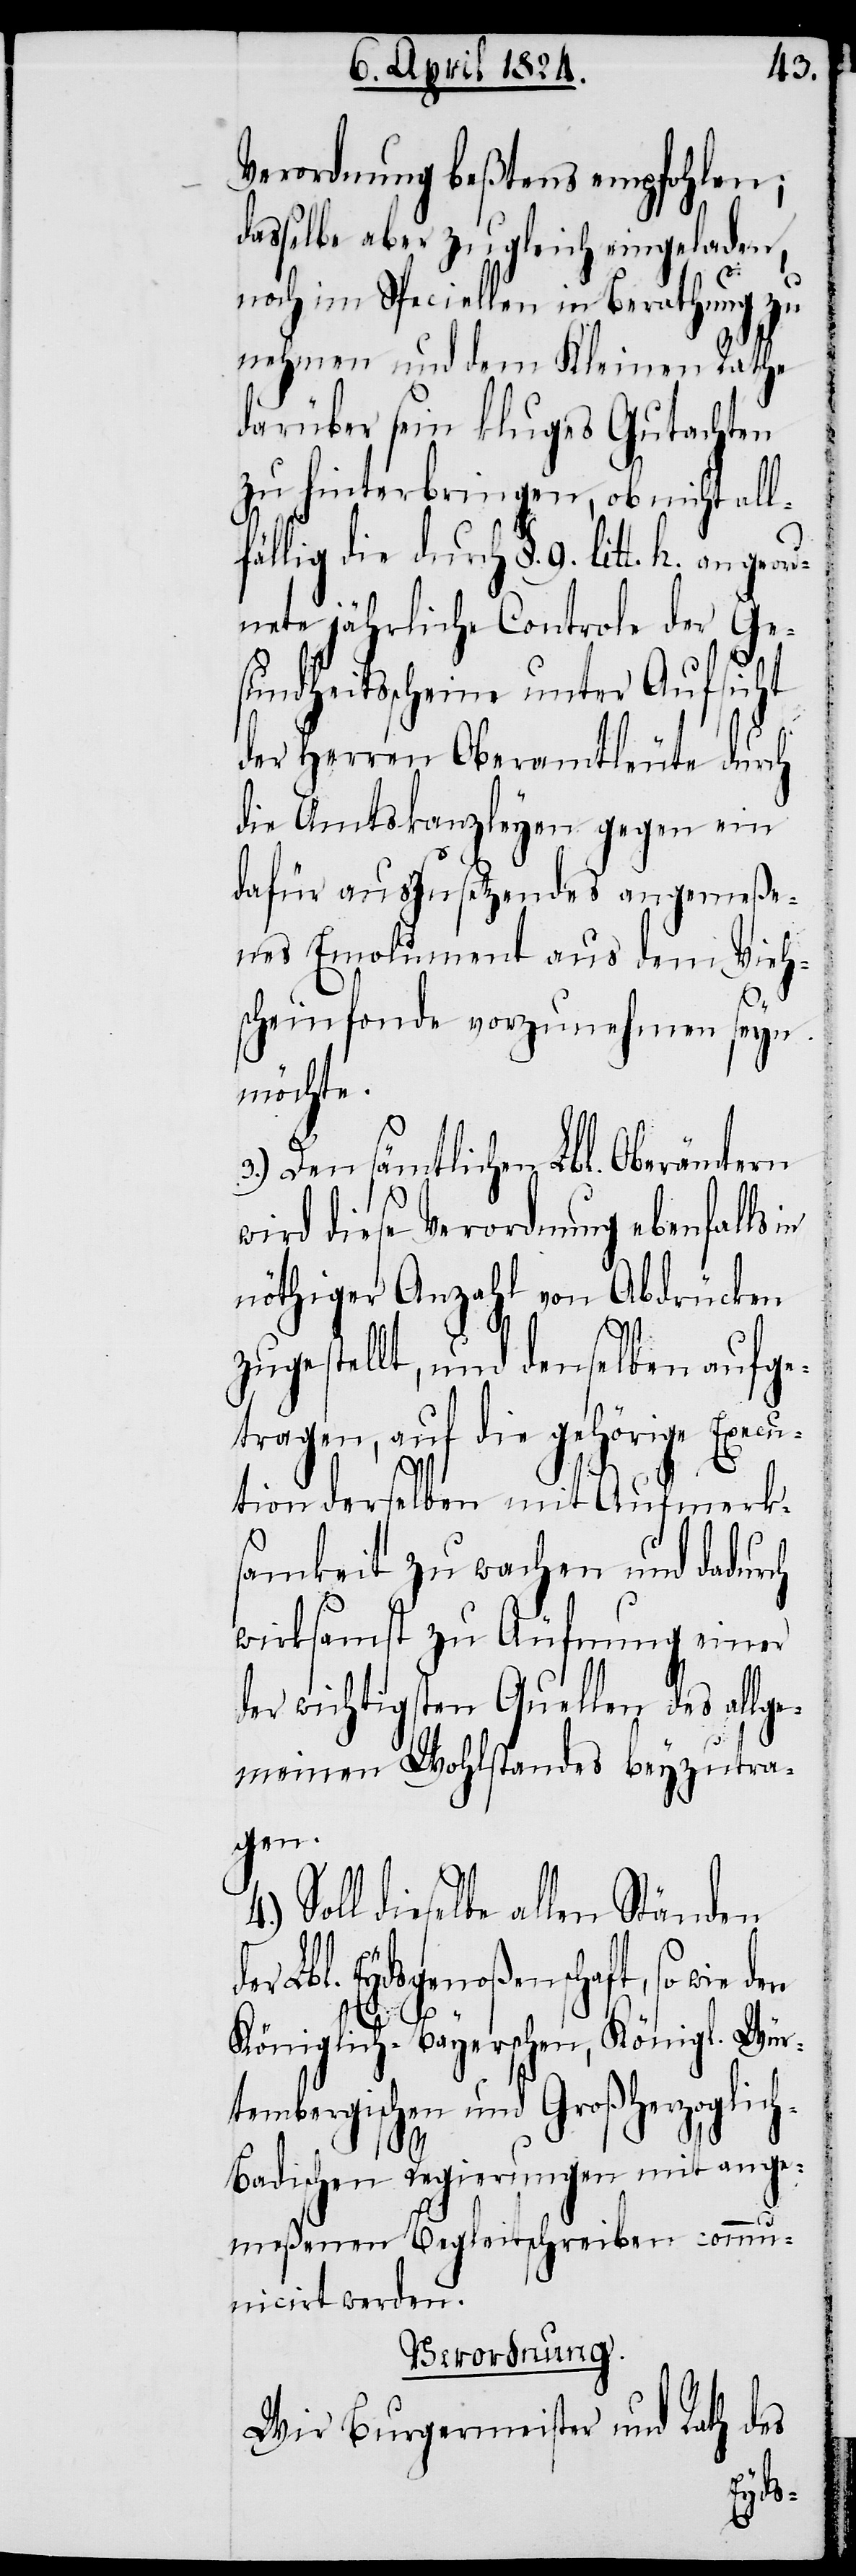
Verordnung beßtens empfohlen;
dasselbe aber zugleich eingeladen,
noch im Speciellen in Berathung zu
nehmen und dem Kleinen Rathe
darüber sein kluges Gutachten
zu hinterbringen, ob nicht all¬
fällig die durch §. 9. litt. h. ang¬
nete jährliche Controle der Ge¬
sundheitsscheine unter Aufsicht
der Herren Oberamtleute durch
die Amtskanzleyen gegen ein
dafür auszusetzendes angemeße¬
nes Emolument aus dem Vieh¬
scheinfonde vorzunehmen seyn
mochte.
3.) Den sämtlichen Lbl. Oberämtern
wird diese Verordnung ebenfalls
nöthiger Anzahl von Abdrücken
eord¬
zugestellt, und denselben aufge¬
tragen, auf die gehörige Execu¬
tion derselben mit Aufmerk¬
samkeit zu wachen und dadurch
wirksamst zu Äufnung einer
der wichtigsten Quellen des allge¬
meinen Wohlstandes beyzutra¬
gen.
Soll dieselbe allen Ständen
Lbl. Eydsgenoßenschaft, so wie
Königlich-Bayerschen, Königl. Wür¬
tembergischen und Großherzoglich-B¬
4.)
adischen Regierungen mit ange¬
meßenen Begleitschreiben comm¬
unicirt werden.
Verordnung.
Wir Burgermeister und Rath des